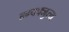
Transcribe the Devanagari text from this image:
न्ग्फ्फ्जुत्य